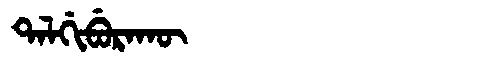
Manchu: ᡨᠠᠯᡤᡳᠪᡠᡵᠠᡴᡡ
Romanization: TALGIBURAKŪ